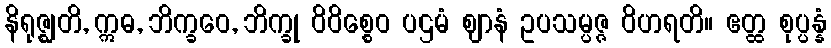
နိရုဇ္ဈတိ, ဣဓ, ဘိက္ခဝေ, ဘိက္ခု ဝိဝိစ္စေဝ ပဌမံ ဈာနံ ဥပသမ္ပဇ္ဇ ဝိဟရတိ။ ဧတ္ထ စုပ္ပန္နံ